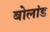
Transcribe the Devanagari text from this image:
बोलांड